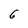
Character: 6